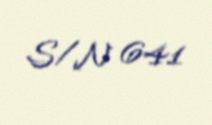
S/N 641